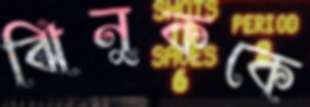
ঝিনুককে